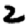
Digit: 2